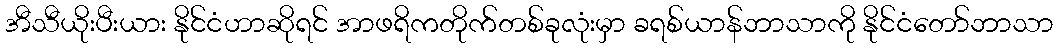
အီသီယိုးပီးယား နိုင်ငံဟာဆိုရင် အာဖရိကတိုက်တစ်ခုလုံးမှာ ခရစ်ယာန်ဘာသာကို နိုင်ငံတော်ဘာသာ